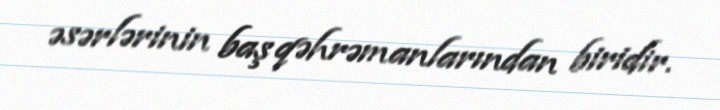
əsərlərinin baş qəhrəmanlarından biridir.